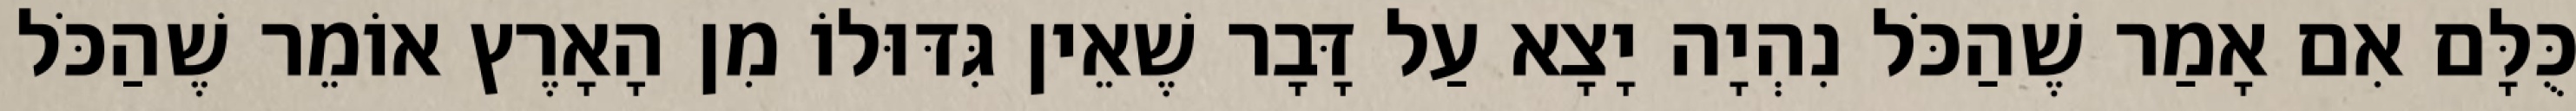
כֻּלָּם אִם אָמַר שֶׁהַכֹּל נִהְיָה יָצָא עַל דָּבָר שֶׁאֵין גִּדּוּלוֹ מִן הָאָרֶץ אוֹמֵר שֶׁהַכֹּל